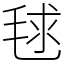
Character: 毬